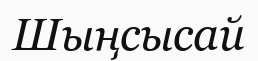
Шыңсысай